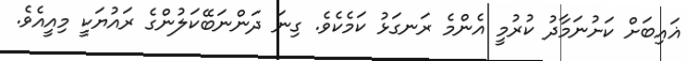
ޣައިބަށް ކަށުނަމާދު ކުރުމީ އެންމެ ރަނގަޅު ކަމެކެވެ. ގިނަ ދަންނަބޭކަލުންގެ ރައުޔަކީ މިއީއެވެ.